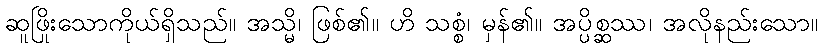
ဆူဖြိုးသောကိုယ်ရှိသည်။ အသ္မိ၊ ဖြစ်၏။ ဟိ သစ္စံ၊ မှန်၏။ အပ္ပိစ္ဆဿ၊ အလိုနည်းသော။